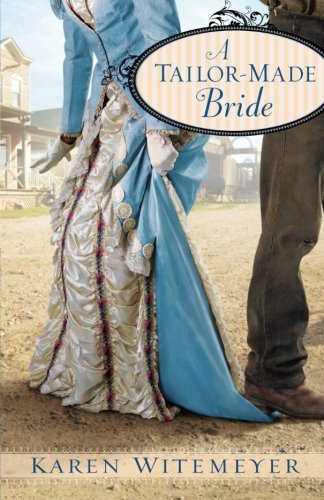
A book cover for A Tailor-Made Bride; Karen Witemeyer; Romance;